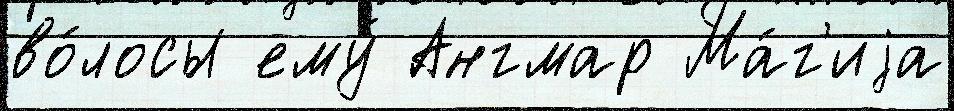
во́лосы ему́ Ангмар Ма́г'иjа